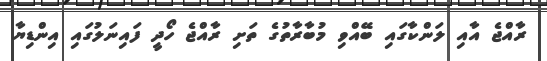
ރާއްޖެ އާއި ލަންކާގައި ބޭއްވި މުބާރާތުގެ ތަށި ރާއްޖެ ހޯދީ ފައިނަލުގައި އިންޑިޔާ